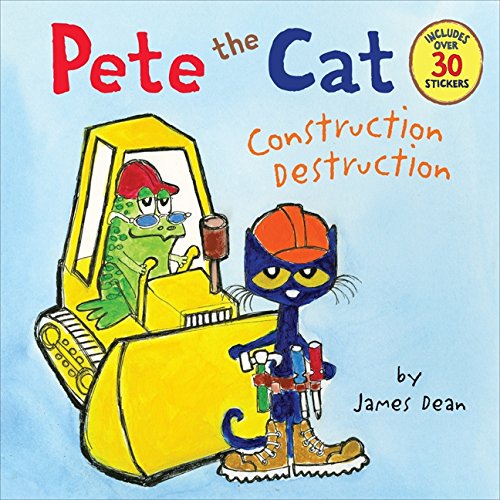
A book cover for Pete the Cat: Construction Destruction; James Dean; Children's Books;